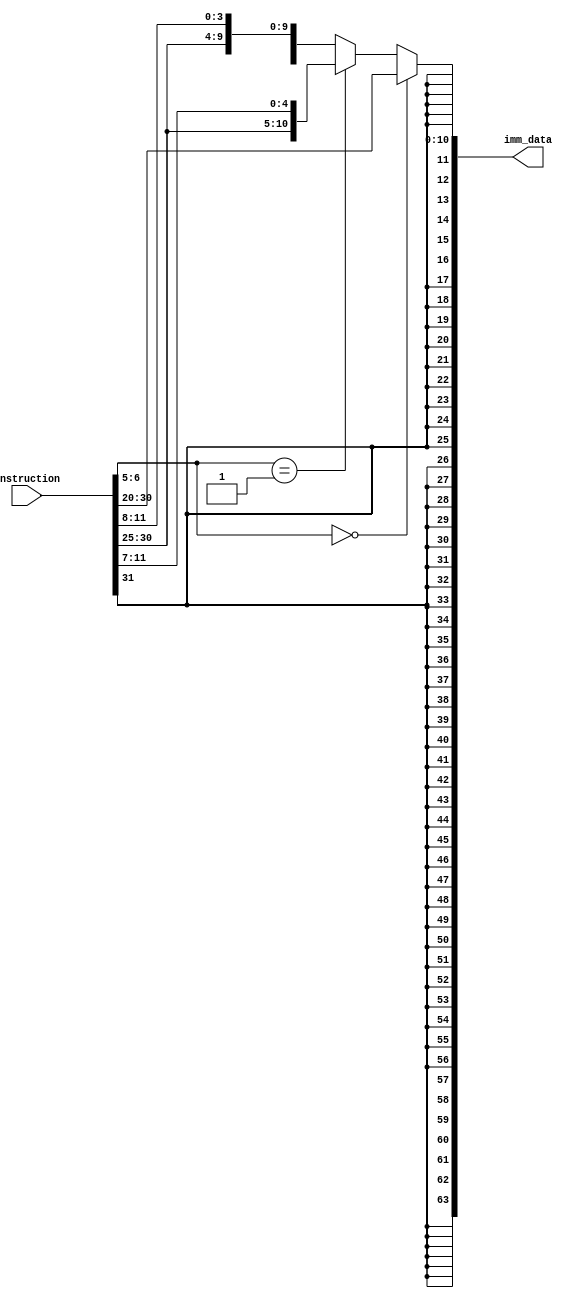
module data_extractor(
    input [31:0]instruction,
    output reg  [63:0]imm_data
);

wire [11:0] data1;
wire [11:0] data2;
wire [11:0] data3;
wire [1:0] mode;

assign data1 = instruction[31:20];
assign data2[4:0] = instruction[11:7];
assign data2[11:5] = instruction[31:25];
assign data3[3:0] = instruction[11:8];
assign data3[9:4] = instruction[30:25];
assign data3[10] = instruction[7];
assign data3[11] = instruction[31];
assign mode = instruction[6:5];


always@(*)
begin

if (mode == 2'b00)
imm_data = {{52{instruction[31]}}, data1};
else if (mode == 2'b01)
imm_data = {{52{instruction[31]}}, data2};
else
imm_data = {{52{instruction[31]}}, data3};

end
endmodule